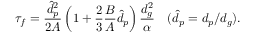
\tau _ { f } = \frac { \hat { d } _ { p } ^ { 2 } } { 2 A } \left( 1 + \frac 2 3 \frac B A \hat { d } _ { p } \right) \frac { d _ { g } ^ { 2 } } { \alpha } \quad ( \hat { d } _ { p } = d _ { p } / d _ { g } ) .